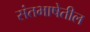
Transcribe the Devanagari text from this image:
संतभाषेतील